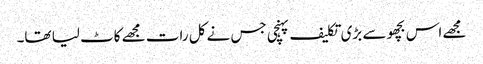
مجھے اس بچھو سے بڑی تکلیف پہنچی جس نے کل رات مجھے کاٹ لیا تھا۔